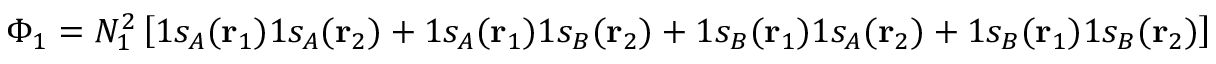
\Phi _ { 1 } = N _ { 1 } ^ { 2 } \left[ 1 s _ { A } ( \mathbf { r } _ { 1 } ) 1 s _ { A } ( \mathbf { r } _ { 2 } ) + 1 s _ { A } ( \mathbf { r } _ { 1 } ) 1 s _ { B } ( \mathbf { r } _ { 2 } ) + 1 s _ { B } ( \mathbf { r } _ { 1 } ) 1 s _ { A } ( \mathbf { r } _ { 2 } ) + 1 s _ { B } ( \mathbf { r } _ { 1 } ) 1 s _ { B } ( \mathbf { r } _ { 2 } ) \right] \Theta _ { 2 , 0 } .